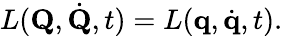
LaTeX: L(\mathbf{Q},{\dot{\mathbf{Q}}},t)=L(\mathbf{q},{\dot{\mathbf{q}}},t).